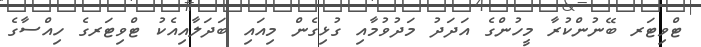
ޓްވިޓަރ ބޭނުންކުރާ މީހުންގެ އަދަދު މަދުވުމާއި ގުޅިގެން މިއައި ބަދަލާއިއެކު ޓްވިޓަރގެ ހިއްސާގެ